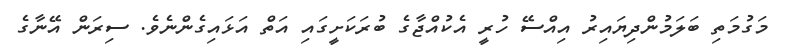
މަގުމަތި ބަލަމުންދިޔައިރު އިއްސޭ ހުރީ އެކުއްޖާގެ ބުރަކަށީގައި އަތް އަޅައިގެންނެވެ. ސިރަން އޭނާގެ